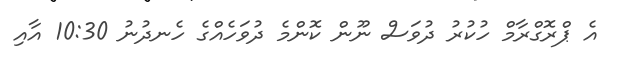
އެ ޕްރޮގްރާމް ހުކުރު ދުވަސް ނޫން ކޮންމެ ދުވަހެއްގެ ހެނދުނު 10:30 އާއި